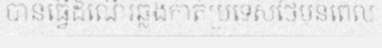
បានធ្វើដំណើរឆ្លងកាត់ប្រទេសថៃមុនពេល